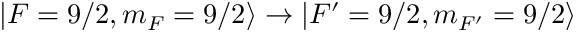
| F = 9 / 2 , m _ { F } = 9 / 2 \rangle \rightarrow | F ^ { \prime } = 9 / 2 , m _ { F ^ { \prime } } = 9 / 2 \rangle